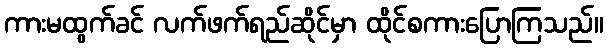
ကားမထွက်ခင် လက်ဖက်ရည်ဆိုင်မှာ ထိုင်စကားပြောကြသည်။